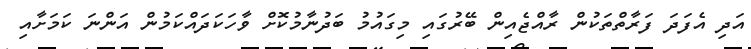
އަދި އެފަދަ ފަރާތްތަކުން ރާއްޖެއިން ބޭރުގައި މިގައުމު ބަދުނާމުކޮށް ވާހަކަދައްކަމުން އަންނަ ކަމަށާއި